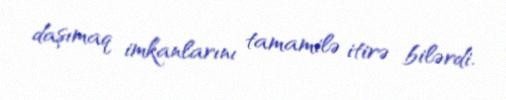
daşımaq imkanlarını tamamilə itirə bilərdi.